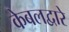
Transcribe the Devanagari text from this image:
केबलद्वारे